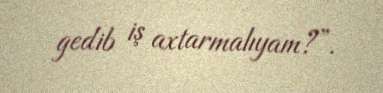
gedib iş axtarmalıyam?”.